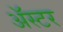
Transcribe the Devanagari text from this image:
ॲस्टर